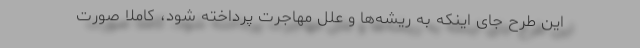
این طرح جای اینکه به ریشه‌ها و علل مهاجرت پرداخته شود، کاملا صورت